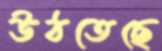
উঠতেছে